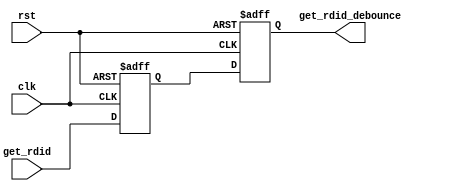
`timescale 1ns / 1ps
//////////////////////////////////////////////////////////////////////////////////
// Company: 
// Engineer: 
// 
// Design Name: 
// Module Name:    adc_debounce 
// Project Name: 
// Target Devices: 
// Tool versions: 
// Description: 
//
// Dependencies: 
//
// Revision: 
// Revision 0.01 - File Created
// Additional Comments: 
//
//////////////////////////////////////////////////////////////////////////////////
module adc_debounce(
	input wire			clk,
	input wire			rst,
	input wire			get_rdid,
   output reg			get_rdid_debounce
    );

	//Variables
	reg get_rdid_q;
	
	always@(posedge clk or posedge rst)
		begin
			if(rst)
				begin
					get_rdid_q <= 1'b0;
				end
			else
				begin
					get_rdid_q <= get_rdid;
				end
		end
				
	always@(posedge clk or posedge rst)
		begin
			if(rst)
				begin
					get_rdid_debounce <= 1'b0;
				end
			else
				begin
					get_rdid_debounce <= get_rdid_q;
				end
		end

endmodule